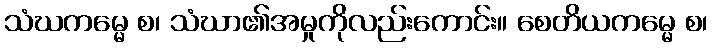
သံဃကမ္မေ စ၊ သံဃာ၏အမှုကိုလည်းကောင်း။ စေတိယကမ္မေ စ၊